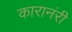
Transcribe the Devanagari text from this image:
कारानंरी